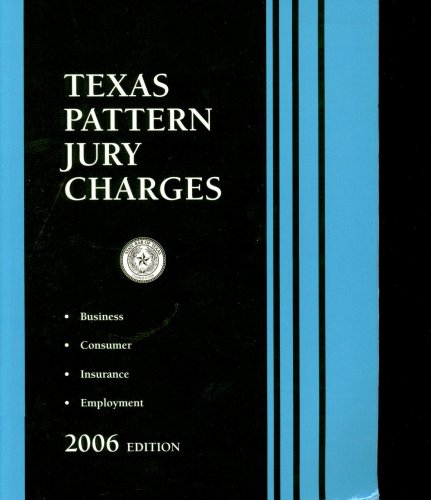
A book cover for Texas Pattern Jury Charges: Business, Consumer, Insurance & Employment; Committee on Pattern Jury Charges of the State Bar of Texas; Business & Money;